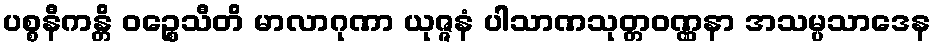
ပစ္စနီကန္တိ ဝဉ္စေသီတိ မာလာဂုဏာ ယုဇ္ဇနံ ပါသာဏသုတ္တဝဏ္ဏနာ အသမ္ပသာဒေန